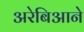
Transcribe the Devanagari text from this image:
अरेबिआने